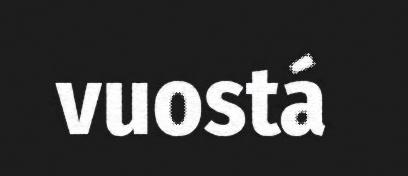
vuostá